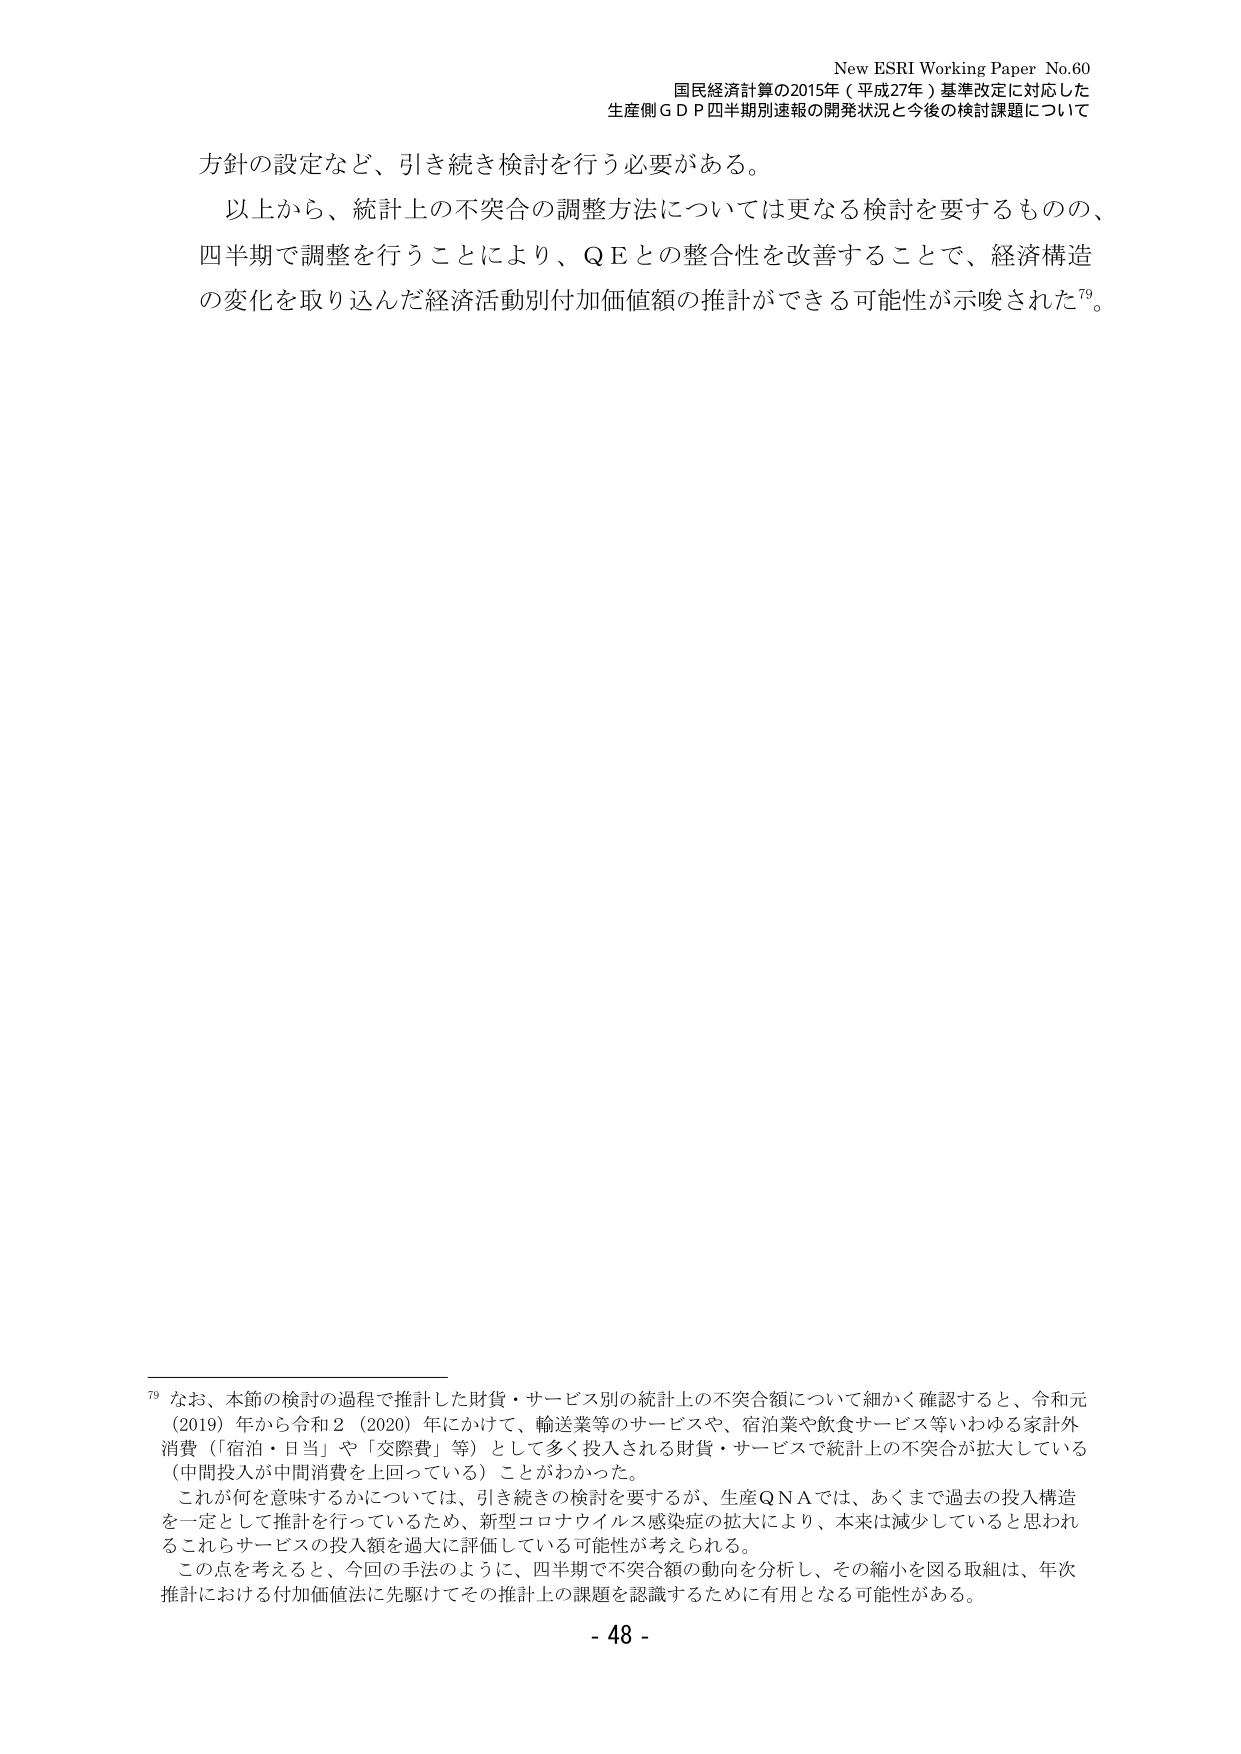
New ESRI Working Paper No.60
国民経済計算の2015年（平成27年）基準改定に対応した
生産側ＧＤＰ四半期別速報の開発状況と今後の検討課題について

方針の設定など、引き続き検討を行う必要がある。
以上から、統計上の不突合の調整方法については更なる検討を要するものの、
四半期で調整を行うことにより、ＱＥとの整合性を改善することで、経済構造
の変化を取り込んだ経済活動別付加価値額の推計ができる可能性が示唆された⁷⁹。

⁷⁹ なお、本節の検討の過程で推計した財貨・サービス別の統計上の不突合額について細かく確認すると、令和元（2019）年から令和2（2020）年にかけて、輸送業等のサービスや、宿泊業や飲食サービス等いわゆる家計外消費（「宿泊・日当」や「交際費」等）として多く投入される財貨・サービスで統計上の不突合が拡大している（中間投入が中間消費を上回っている）ことがわかった。
これが何を意味するかについては、引き続きの検討を要するが、生産ＱＮＡでは、あくまで過去の投入構造を一定として推計を行っているため、新型コロナウイルス感染症の拡大により、本来は減少していると思われるこれらサービスの投入額を過大に評価している可能性が考えられる。
この点を考えると、今回の手法のように、四半期で不突合額の動向を分析し、その縮小を図る取組は、年次推計における付加価値法に先駆けてその推計上の課題を認識するために有用となる可能性がある。

- 48 -